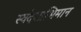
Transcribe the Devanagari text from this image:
स्वदेशाभिमान